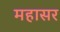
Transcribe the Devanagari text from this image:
महासर